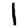
Digit: 1